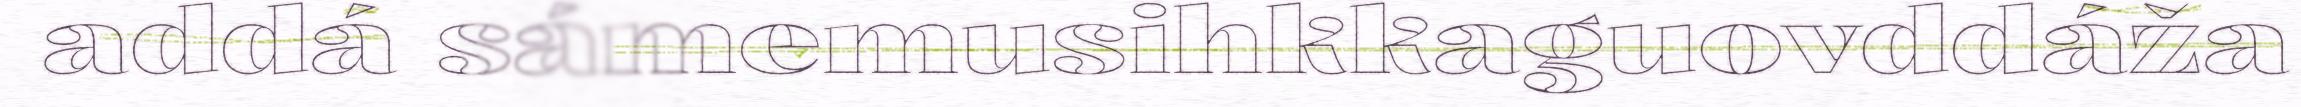
addá sámemusihkkaguovddáža